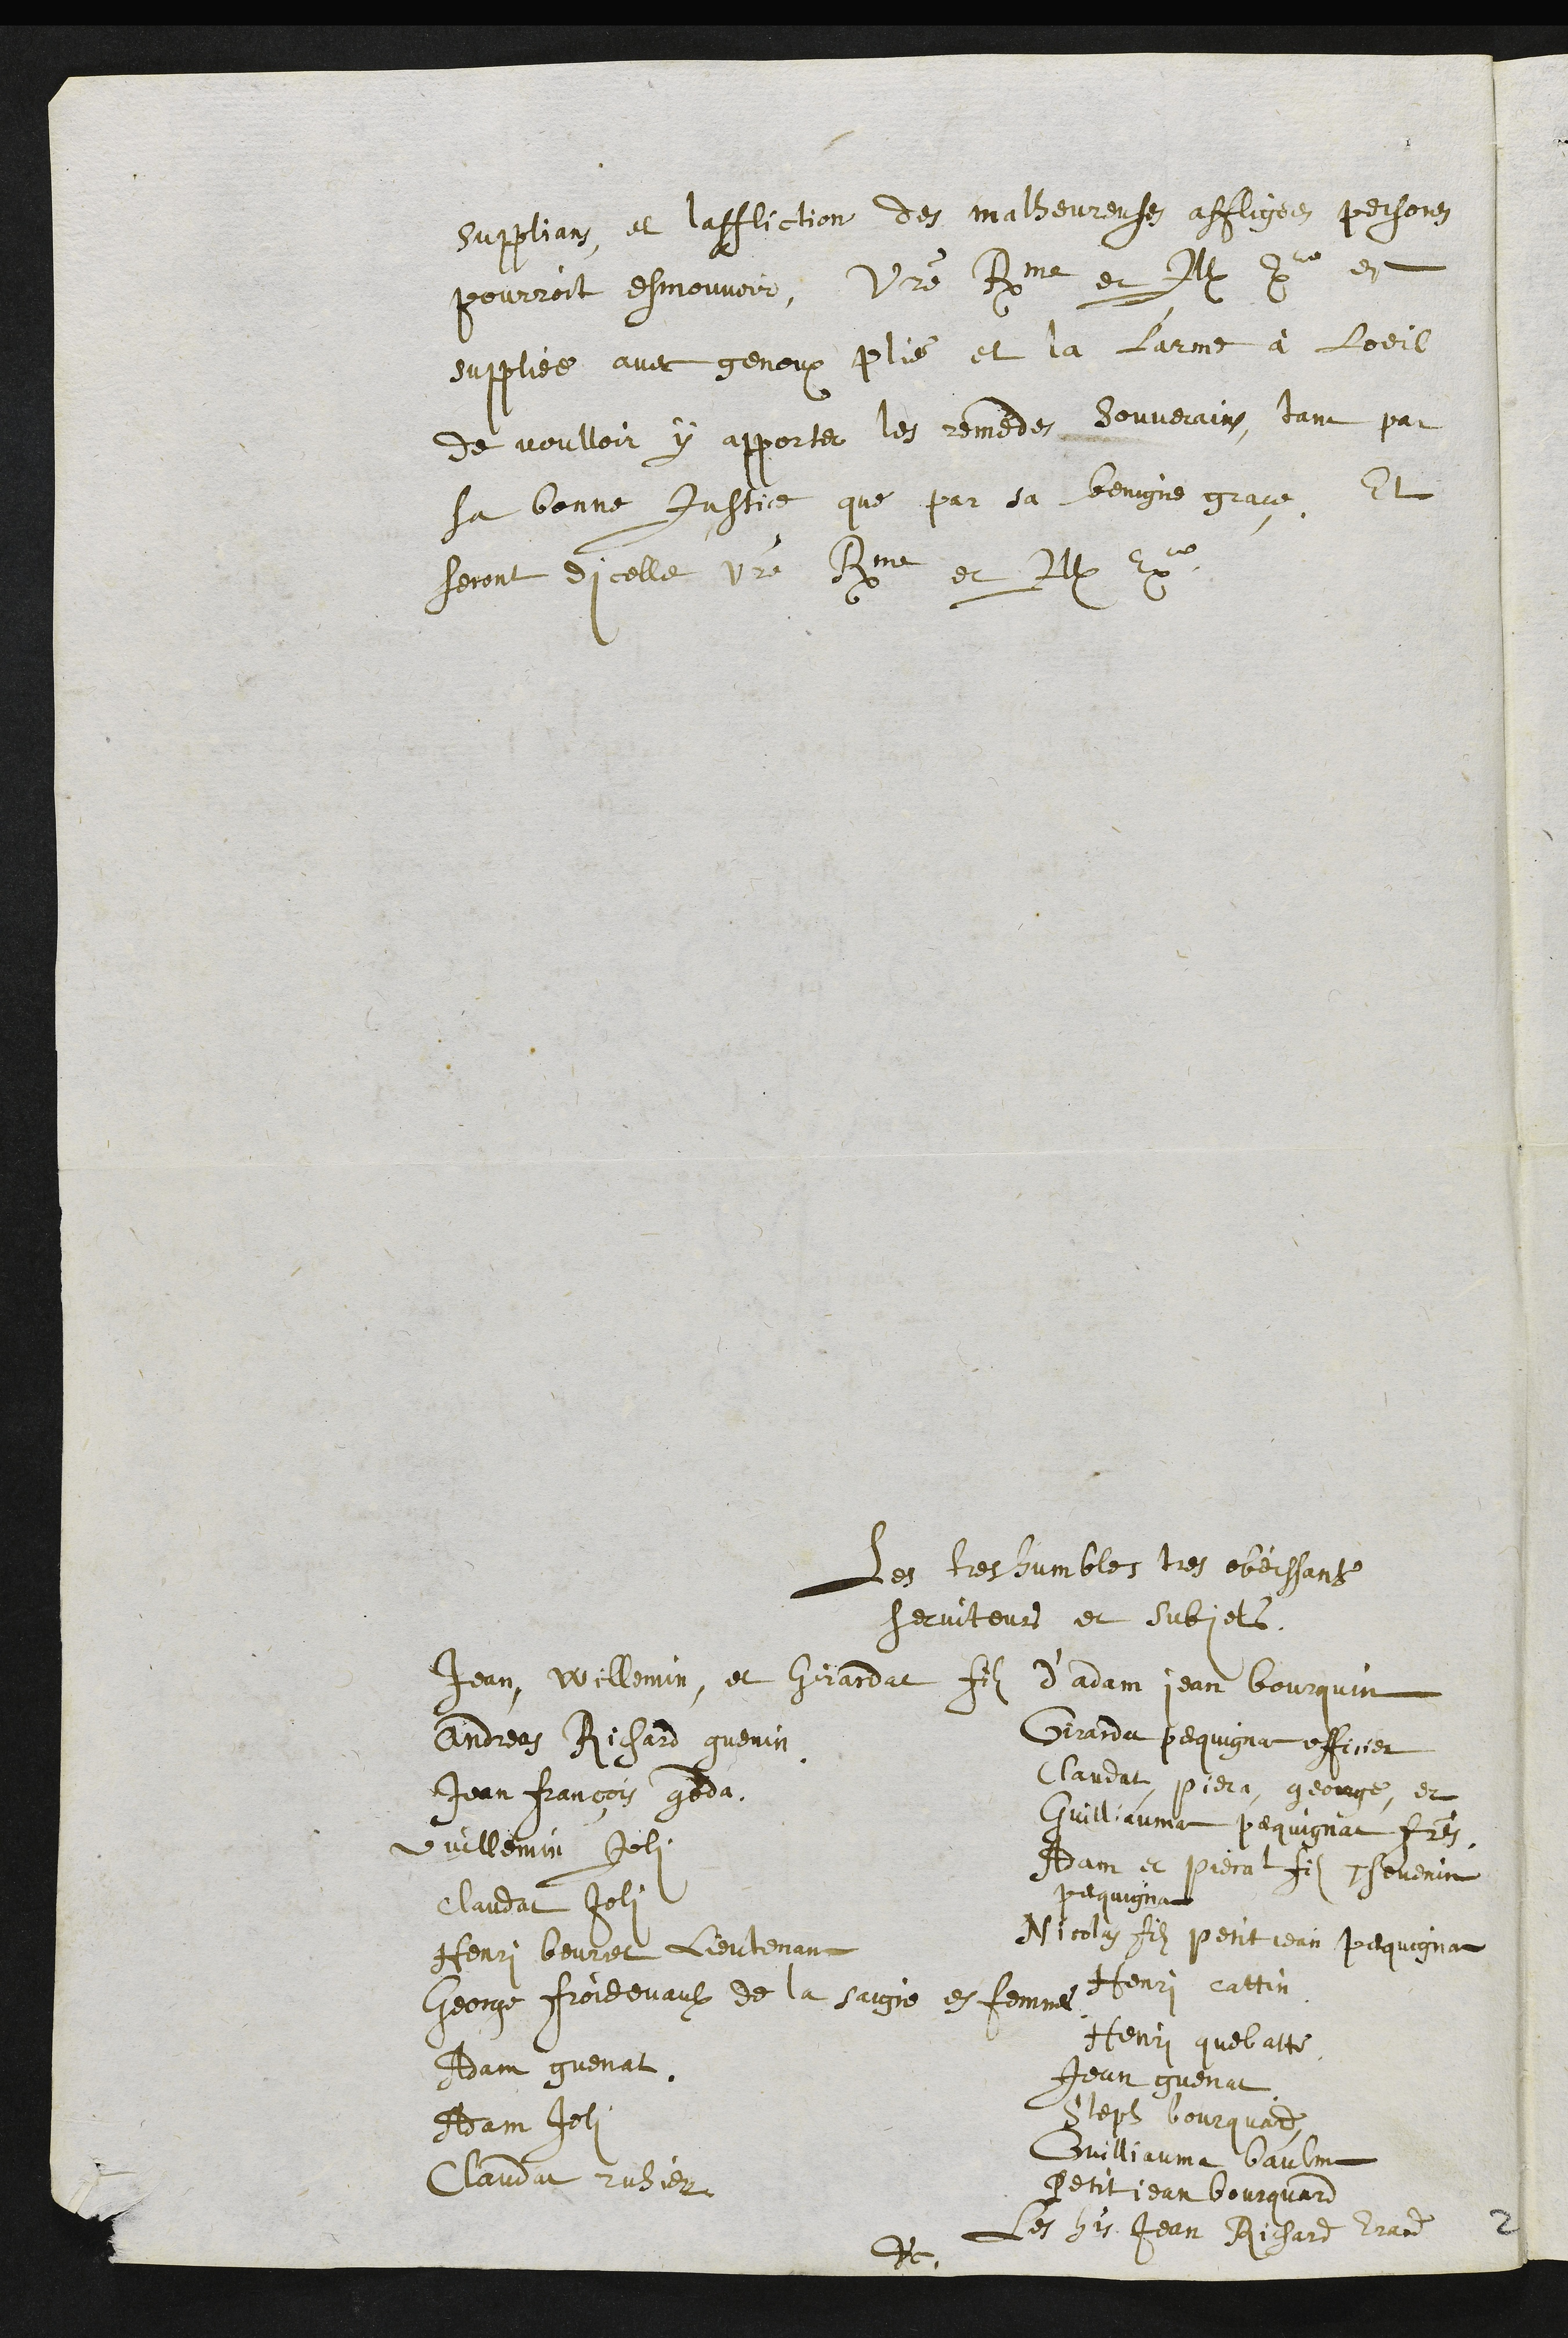
supplians et laffliction des malheureuses affligees persones
pourroit esmouvoir, Votre Rme et Ill. Exce et
suppliee avec genoux plié et la larme à loeil
de voulloir y apporter les remedes souverains, tant par
sa bonne Justice que par sa benigne grace, Et
seront dicelle votre Rme et Ill. Exce
Les tres humbles tres obeissants
serviteurs et subjets
Jean, Willemin, et Girardat filz d’Adam jean Bourquin
Andres Richard guenin
Jean François goda
Vuillemin Joli
Claudat Joli
Henri beuret Lieutenant
George Froidevaulx de la Saigne es femmes
Adam guenat
Adam Joli
Claudat ruhier
Girarda pequignat officier
Claudat, Piera, george, et
Guillaume Pequignat freres
Adam et Pierat filz Thevenin
pequignat
Nicolas filz petit Jean Pecquignat
Henri Cattin
Henry quebatte
Jean guenat
Steph bourquard
Guilliaume baulme
Petit jean Bourquard
Les hoirs Jean Richard Erard
Etc.
2